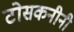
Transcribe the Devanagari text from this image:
टोसकनीनी